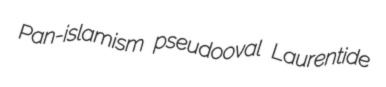
Pan-islamism pseudooval Laurentide